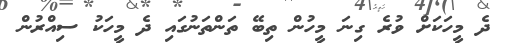
ދެ މީހަކަށް ވުރެ ގިނަ މީހުން ތިބޭ ތަންތަނުގައި ދެ މީހަކު ސިއްރުން